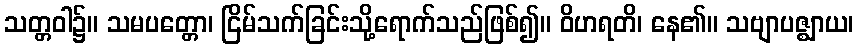
သတ္တဝါ၌။ သမပတ္တော၊ ငြိမ်သက်ခြင်းသို့ရောက်သည်ဖြစ်၍။ ဝိဟရတိ၊ နေ၏။ သဗျာပဇ္ဈာယ၊